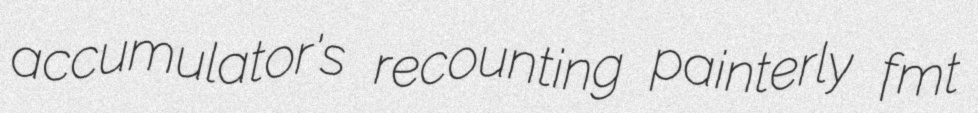
accumulator's recounting painterly fmt